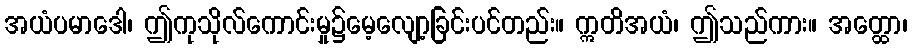
အယံပမာဒေါ၊ ဤကုသိုလ်ကောင်းမှု၌မေ့လျော့ခြင်းပင်တည်း။ ဣတိအယံ၊ ဤသည်ကား။ အတ္ထော၊